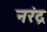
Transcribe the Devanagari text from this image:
नरंद्र